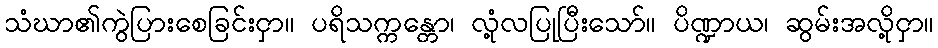
သံဃာ၏ကွဲပြားစေခြင်းငှာ။ ပရိသက္ကန္တော၊ လုံ့လပြုပြီးသော်။ ပိဏ္ဍာယ၊ ဆွမ်းအလို့ငှာ။